Investigations on Bengal jail dietaries - Number 37
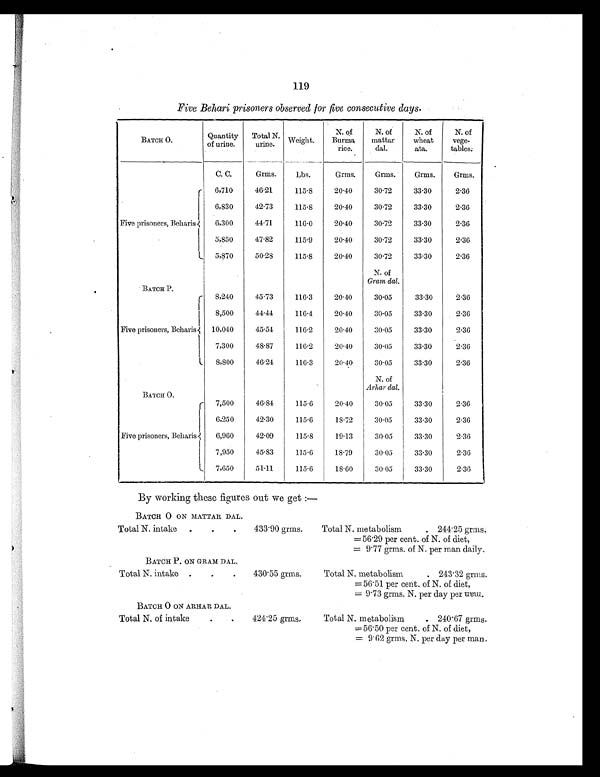
119
Five Behari prisoners observed for five consecutive days.
BATCH O.
Quantity
of urine.
Total N.
urine.
Weight.
N. of
Burma
rice.
N. of
mattar
dal.
N. of
wheat
ata.
N. of
vege-
tables.
C. C.
Grms.
Lbs.
Grms.
Grms.
Grms.
Grms.
Five prisoners, Beharis
6,710
46.21
115.8
20.40
30.72
33.30
2.36
6,830
42.73
115.8
20.40
30.72
33.30
2.36
6,300
44.71
116.0
20.40
30.72
33.30
2.36
5,850
47.82
115.9
20.40
30.72
33.30
2.36
5,870
50.28
115.8
20.40
30.72
33.30
2.36
BATCH P.
N. of
Gram dal.
Five prisoners, Beharis
8,240
45.73
116.3
20.40
30.05
33.30
2.36
8,500
44.44
116.4
20.40
30.05
33.30
2.36
10,040
45.54
116.2
20.40
30.05
33.30
2.36
7,300
48.87
116.2
20.40
30.05
33.30
2.36
8,800
46.24
116.3
20.40
30.05
33.30
2.36
BATCH O.
N. of
Arhar dal.
Five prisoners, Beharis
7,500
46.84
115.6
20.40
30.05
33.30
2.36
6,250
42.30
115.6
18.72
30.05
33.30
2.36
6,960
42.09
115.8
19.13
30.05
33.30
2.36
7,950
45.83
115.6
18.79
30.05
33.30
2.36
7,650
51.11
115.6
18.60
30.05
33.30
2.36
By working these figures out we get
:—
BATCH O ON MATTAR DAL.
Total N. intake .
.
.
433.90 grms.
Total N. metabolism
. 244.25 grms.
= 56.29 per cent. of N. of diet,
= 9.77 grms. of N. per man daily.
BATCH P. ON GRAM DAL.
Total N. intake .
.
.
430.55 grms.
Total N. metabolism
. 243.32 grms.
= 56.51 per cent. of N. of diet,
= 9.73 grms. N. per day per man.
BATCH O ON ARHAR DAL.
Total N. of intake
.
.
424.25 grms.
Total N. metabolism
. 240.67 grms.
=56.50 per cent. of N. of diet,
= 9.62 grms. N. per day per man.